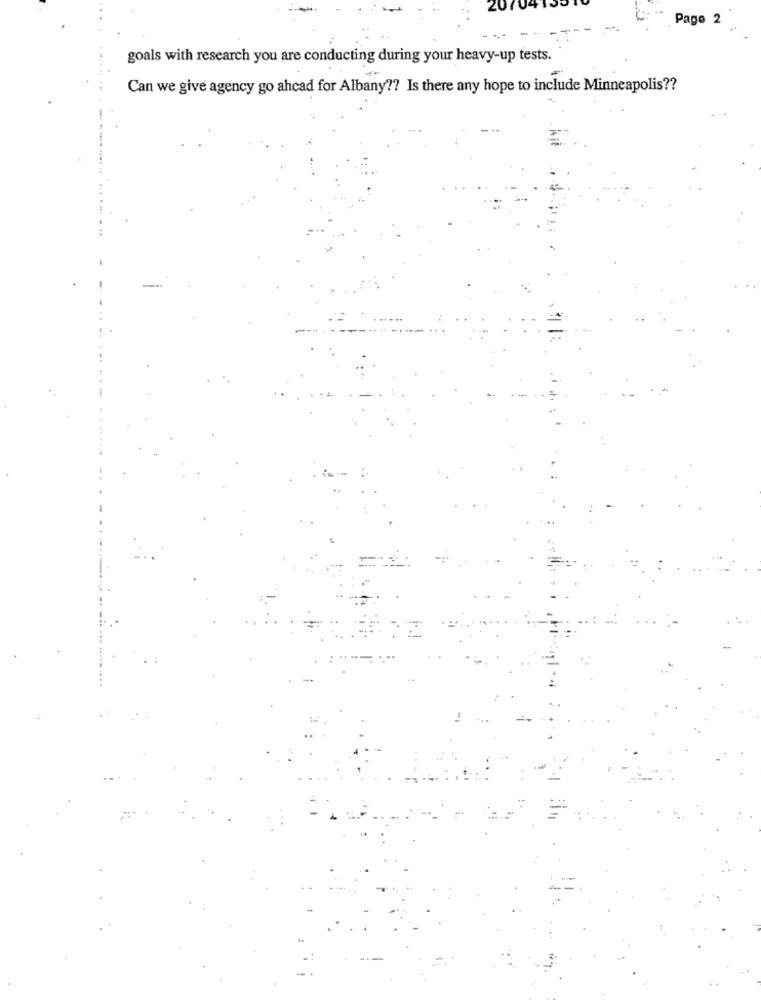
Page 2
goals with research you are conducting during your heavy-up tests.
Can we give agency go ahead for Albany ?? Is there any hope to include Minneapolis ??